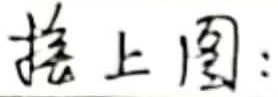
接上图：